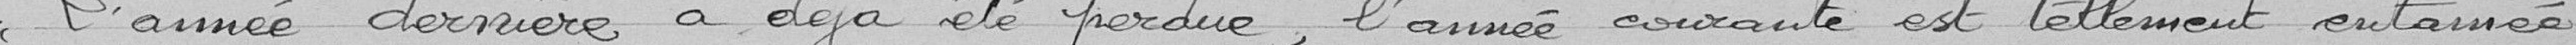
L'année dernière a déjà été perdue l'année courante est tellement entamée